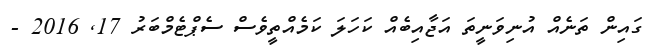
ގައިން ތަނެއް އުނިވަނީތަ އަޖާއިބެއް ކަހަލަ ކަމެއްތީވެސް ސެޕްޓެމްބަރު 17